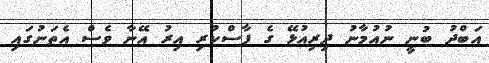
އަބްދު ބުނީ ނުއުމާނު ދިރިއުޅޭ ގެ ފާސްކުރި އިރު އޭނާ ވެސް އެތަނުގައި